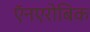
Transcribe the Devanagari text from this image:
ऍनएरोबिक